Elephants and their diseases
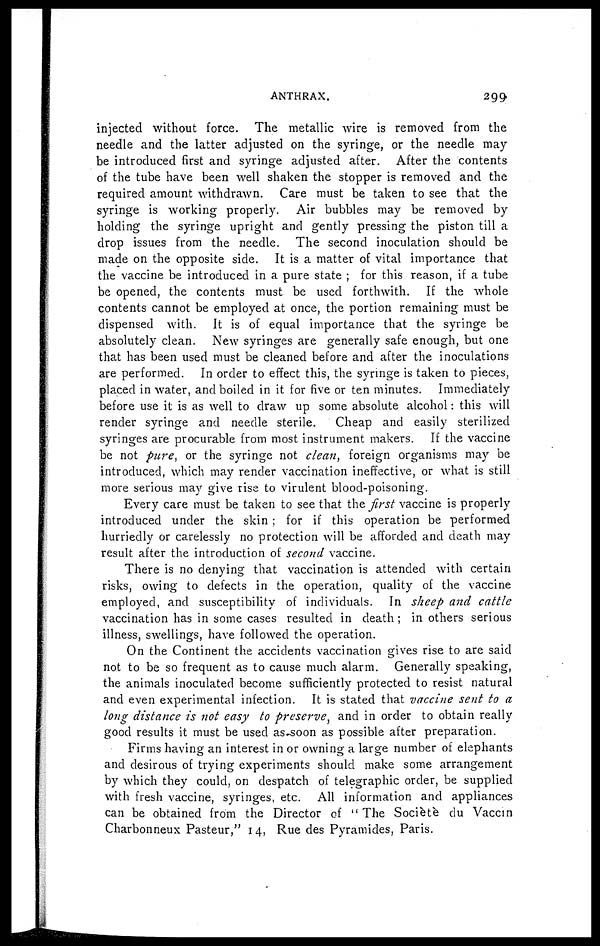
ANTHRAX.
299
injected without force. The metallic wire is removed from the
needle and the latter adjusted on the syringe, or the needle may
be introduced first and syringe adjusted after. After the contents
of the tube have been well shaken the stopper is removed and the
required amount withdrawn. Care must be taken to see that the
syringe is working properly. Air bubbles may be removed by
holding the syringe upright and gently pressing the piston till a
drop issues from the needle. The second inoculation should be
made on the opposite side. It is a matter of vital importance that
the vaccine be introduced in a pure state ; for this reason, if a tube
be opened, the contents must be used forthwith. If the whole
contents cannot be employed at once, the portion remaining must be
dispensed with. It is of equal importance that the syringe be
absolutely clean. New syringes are generally safe enough, but one
that has been used must be cleaned before and after the inoculations
are performed. In order to effect this, the syringe is taken to pieces,
placed in water, and boiled in it for five or ten minutes. Immediately
before use it is as well to draw up some absolute alcohol : this will
render syringe and needle sterile.
Cheap and easily sterilized
syringes are procurable from most instrument makers. If the vaccine
be not pure, or the syringe not clean, foreign organisms may be
introduced, which may render vaccination ineffective, or what is still
more serious may give rise to virulent blood-poisoning.
Every care must be taken to see that the first vaccine is properly
introduced under the skin ; for if this operation be performed
hurriedly or carelessly no protection will be afforded and death may
result after the introduction of second vaccine.
There is no denying that vaccination is attended with certain
risks, owing to defects in the operation, quality of the vaccine
employed, and susceptibility of individuals. In sheep and cattle
vaccination has in some cases resulted in death ; in others serious
illness, swellings, have followed the operation.
On the Continent the accidents vaccination gives rise to are said
not to be so frequent as to cause much alarm. Generally speaking,
the animals inoculated become sufficiently protected to resist natural
and even experimental infection. It is stated that vaccine sent to a
long distance is not easy to preserve, and in order to obtain really
good results it must be used as soon as possible after preparation.
Firms having an interest in or owning a large number of elephants
and desirous of trying experiments should make some arrangement
by which they could, on despatch of telegraphic order, be supplied
with fresh vaccine, syringes, etc. All information and appliances
can be obtained from the Director of " The Sociètè du Vaccin
Charbonneux Pasteur," 14, Rue des Pyramides, Paris.